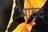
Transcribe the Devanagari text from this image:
भावद